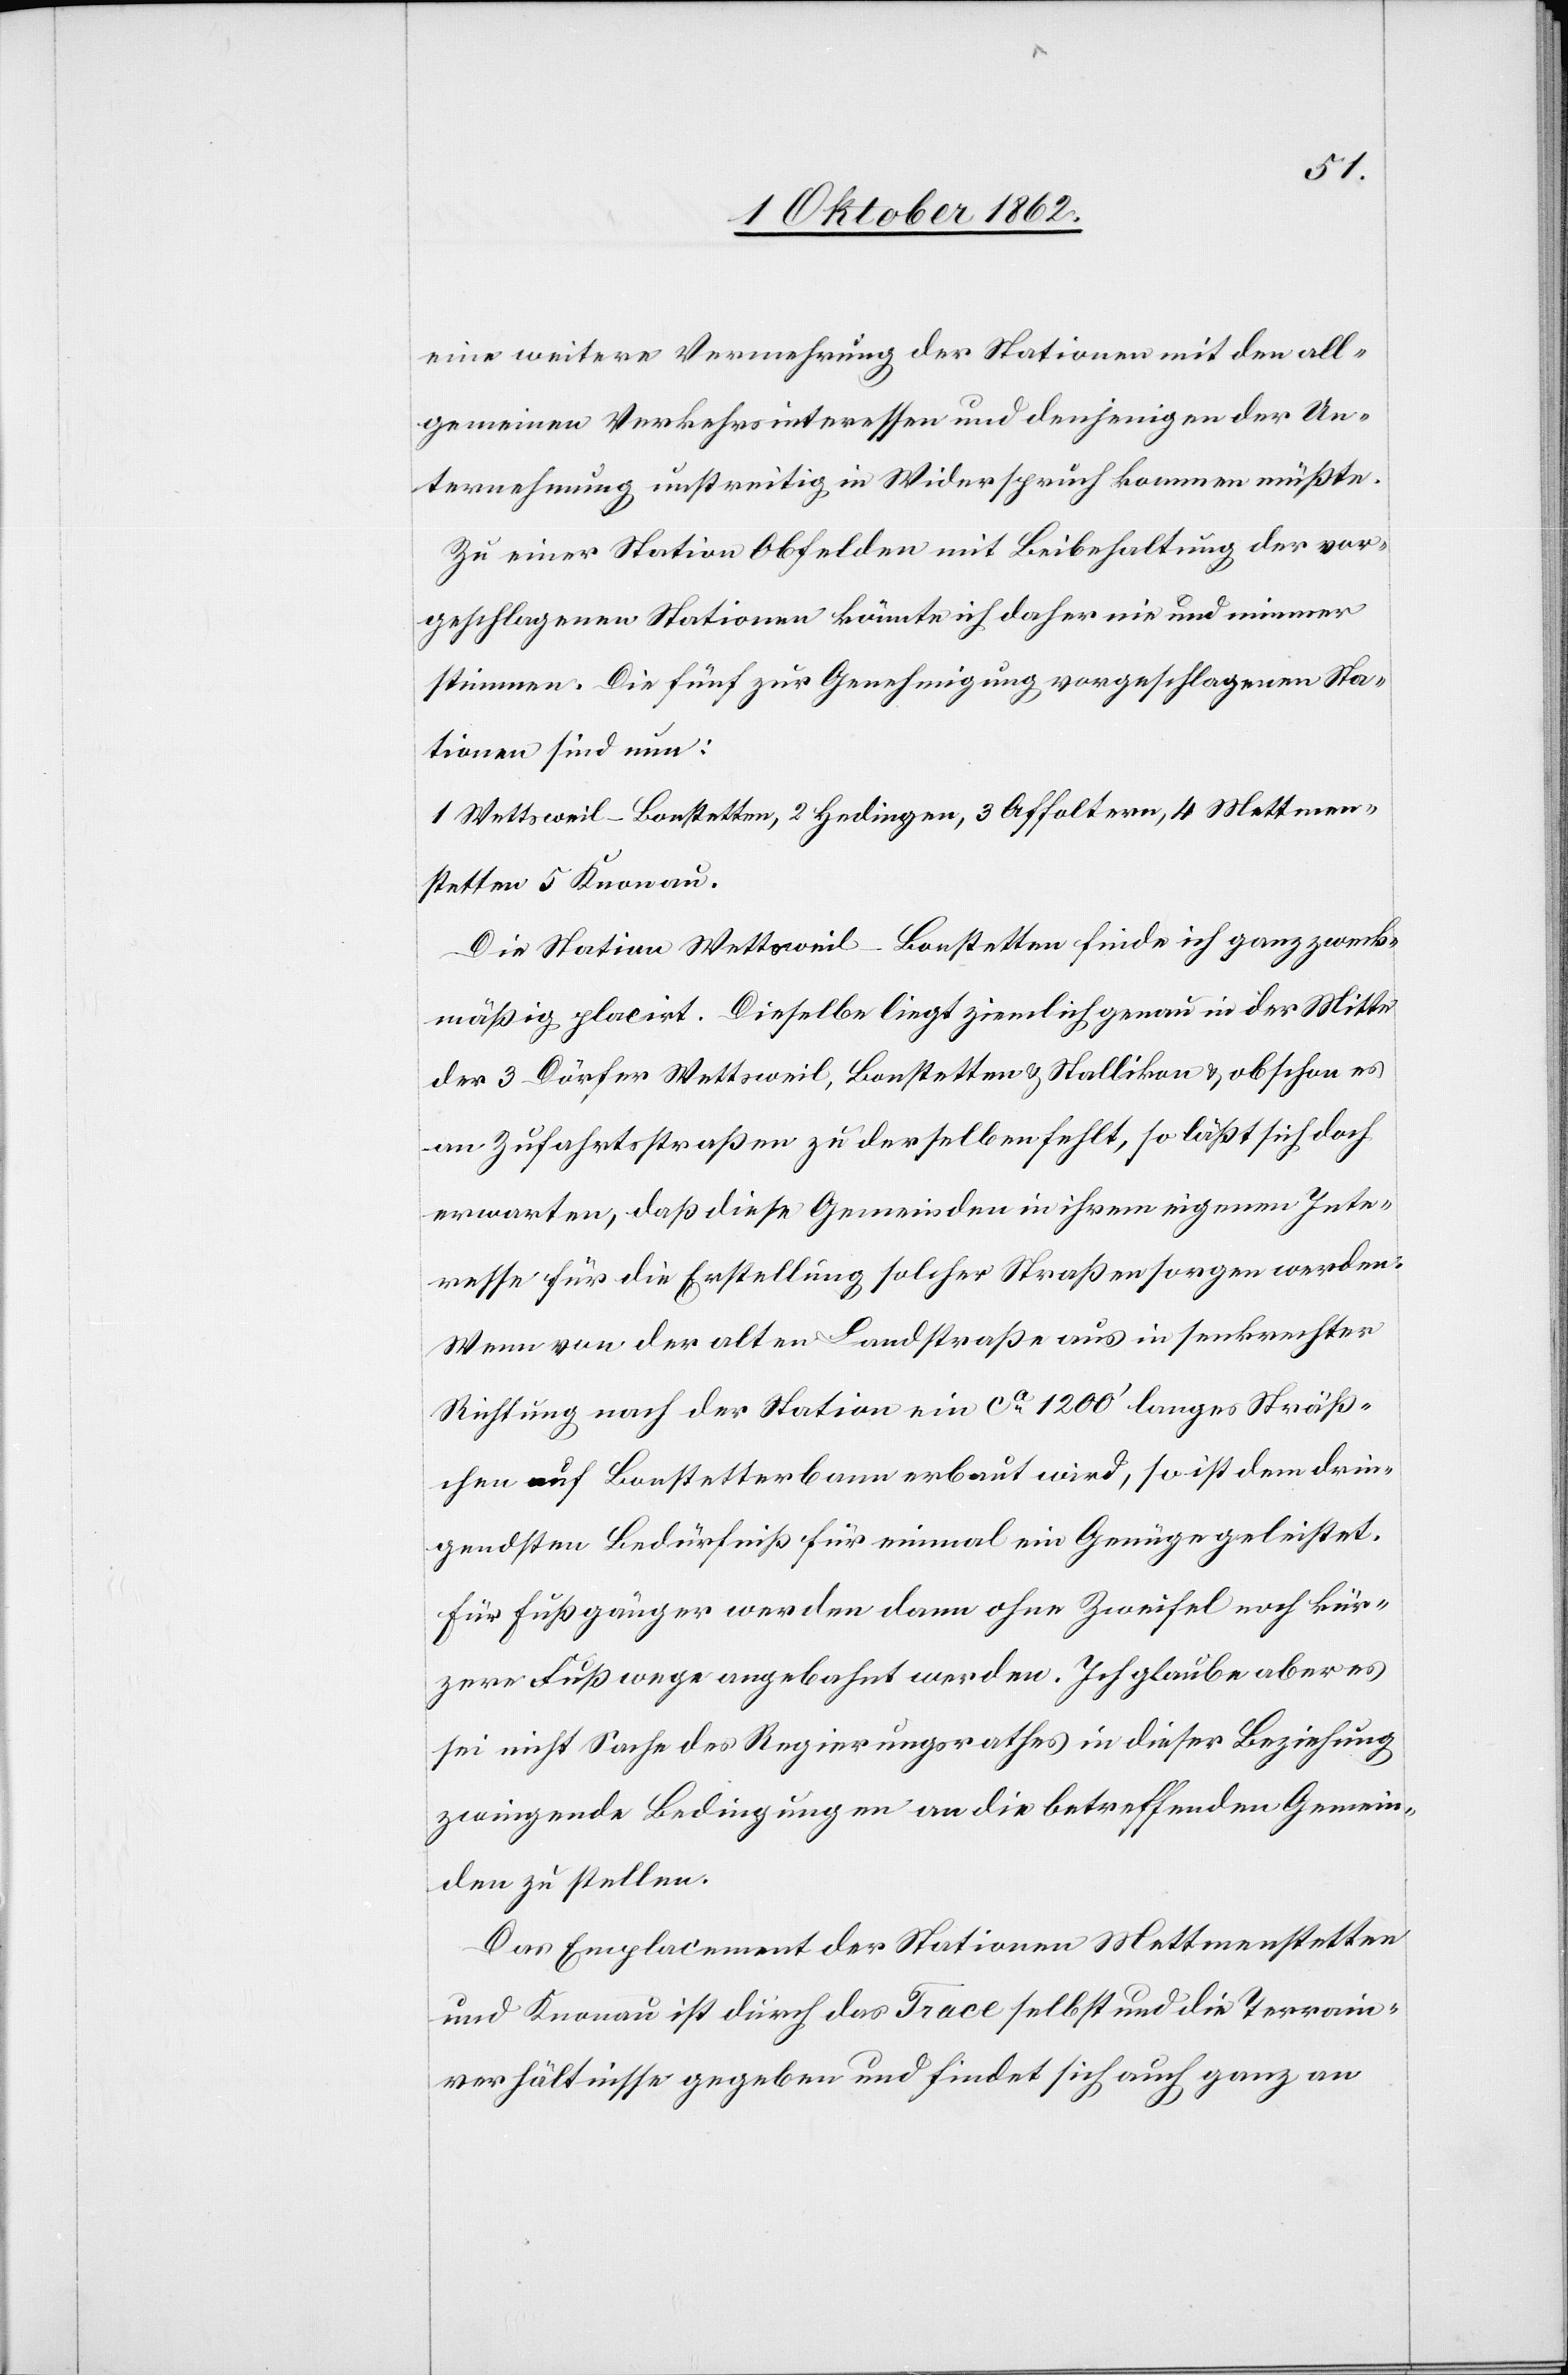
5.
eine weitere Vermehrung der Stationen mit den all¬
gemeinen Verkehrsinteressen und denjenigen der Un¬
ternehmung unstreitig in Widerspruch kommen müßte.
Zu einer Station Obfelden mit Beibehaltung der vor¬
geschlagenen Stationen könnte ich daher nie und nimmer
stimmen. Die fünf zur Genehmigung vorgeschlagenen Sta¬
tionen sind nun:
1. Wettsweil-Bonstetten, 2. Hedingen, 3. , 4. Mettmenstetten
Die Station Wettsweil-Bonstetten finde ich ganz zweck¬
mäßig placirt. Dieselbe liegt ziemlich genau in der Mitte
der 3 Dörfer Wettsweil, Bonstetten u. Stallikon u. obschon es
an Zufahrtsstraßen zu derselben fehlt, so läßt sich doch
erwarten, daß diese Gemeinden in ihrem eigenen Inte¬
resse für die Erstellung solcher Straßen sorgen werden:
Wenn von der alten Landstraße aus in senkrechter
Richtung nach der Station ein ca 1200’ langes Sträß¬
chen auf Bonstetter Bann erbaut wird, so ist dem drin¬
gendsten Bedürfniß für einmal ein Genüge geleistet.
Für Fußgänger werden dann ohne Zweifel noch kür¬
zere Fußwege angebahnt werden. Ich glaube oberes
sei nicht Sache des Regierungsrathes in dieser Beziehung
zwingende Bedingungen an die betreffenden Gemein¬
den zu stellen.
Das Emplacement der Stationen Mettmenstetten
und Knonau ist durch das Trace selbst und die Terrain¬
verhältnisse gegeben und findet sich auch ganz an